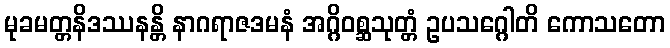
မုခမတ္တနိဒဿနန္တိ နာဂရာဇဒမနံ အဂ္ဂိဝစ္ဆသုတ္တံ ဥပသဂ္ဂေါတိ ကောသတော